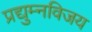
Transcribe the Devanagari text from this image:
प्रद्युम्नविजय